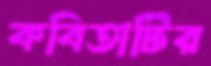
কবিতাটির